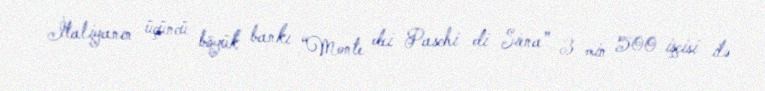
İtaliyanın üçüncü böyük bankı “Monte dei Paschi di Siena” 3 min 500 işçisi ilə